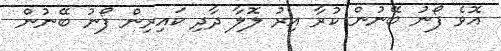
އޮވެ ފޯނު ބޭނުން ކުރާ އިރު ލޮލާ ދާދި ކައިރިން ފޯނު ބޭނުން